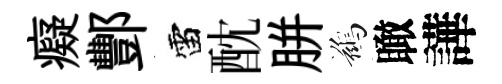
癡酆雷酖胼鷀瞰譁